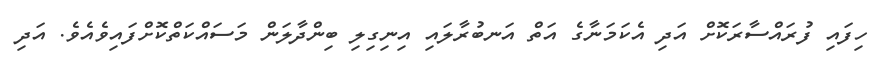
ހިފައި ފުރައްސާރަކޮށް އަދި އެކަމަނާގެ އަތް އަނބުރާލައި އިނިގިލި ބިންދާލަން މަސައްކަތްކޮށްފައިވެއެވެ. އަދި